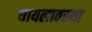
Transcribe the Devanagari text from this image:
घायलावस्था